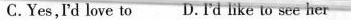
C.Yes,I'd love to D.I'd like to see her